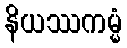
နိယဿကမ္မံ